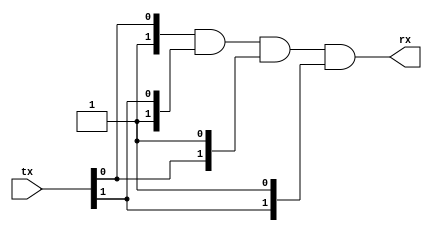
module simulated_can_bus(input wire [N-1:0] tx, output wire [N-1:0] rx);
	/*
	 * tx bit '1' equals to 0V = can_hi - can_low (recessive)
	 * tx bit '0' equals to 5V = can_hi - can_low (dominant)
	 *
	 * this is a simple CAN bus simulator that merges N devices on a bus,
	 * where each device has a transmission delay of #delay from to each
	 * other device.
	 */

	parameter N=2; // number of devices on bus
	parameter delay=0; // delay from any one to another node

	wire [N-1:0] delayed_tx;
	wand [N-1:0] merged_tx;

	generate
		genvar rxn;
		genvar txn;
		for(rxn = 0; rxn < N; rxn=rxn+1) begin

			assign #delay delayed_tx[rxn] = tx[rxn];

			for(txn = 0; txn < N; txn=txn+1) begin
				if(rxn == txn) begin
					assign merged_tx[rxn] = tx[txn];
				end else begin
					assign merged_tx[rxn] = delayed_tx[txn];
				end
			end

			assign rx[rxn] = merged_tx[rxn];
		end
	endgenerate

endmodule